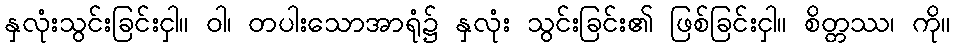
နှလုံးသွင်းခြင်းငှါ။ ဝါ၊ တပါးသောအာရုံ၌ နှလုံး သွင်းခြင်း၏ ဖြစ်ခြင်းငှါ။ စိတ္တဿ၊ ကို။